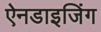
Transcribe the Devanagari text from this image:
ऐनडाइजिंग